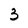
Character: 3